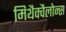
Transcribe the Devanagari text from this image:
मिथैक्वैलोन्स